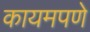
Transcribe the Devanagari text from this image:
कायमपणे